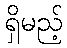
ရှိမည့်